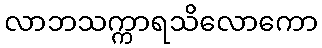
လာဘသက္ကာရသိလောကော